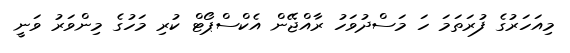
މިއަހަރުގެ ފުރަތަމަ ހަ މަސްދުވަހު ރާއްޖޭން އެކްސްޕޯޓް ކުރި މަހުގެ މިންވަރު ވަނީ